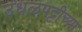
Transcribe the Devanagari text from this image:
उधळपट्टीच्या